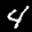
Label: 4